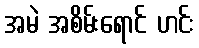
အမဲ အစိမ်းရောင် ဟင်း